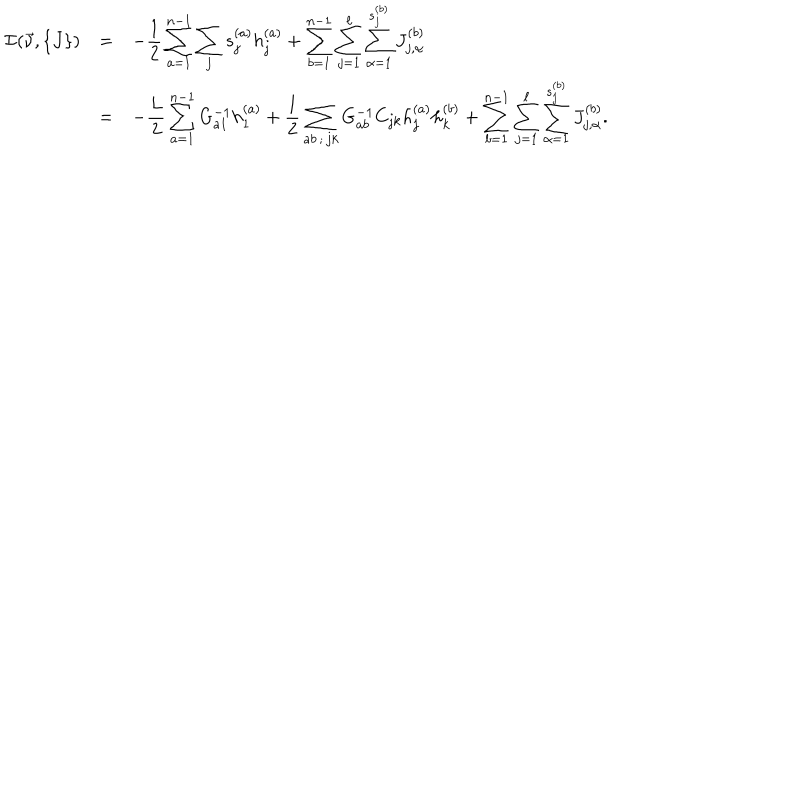
LaTeX: \begin{array} { c c l } { { { \cal I } ( \vec { \nu } , \{ J \} ) } } & { { = } } & { { \displaystyle - { \frac { 1 } { 2 } } \sum _ { a = 1 } ^ { n - 1 } \sum _ { j } s _ { j } ^ { ( a ) } h _ { j } ^ { ( a ) } + \sum _ { b = 1 } ^ { n - 1 } \sum _ { j = 1 } ^ { \ell } \sum _ { \alpha = 1 } ^ { s _ { j } ^ { ( b ) } } J _ { j , \alpha } ^ { ( b ) } } } \\ { { } } & { { = } } & { { \displaystyle - { \frac { L } { 2 } } \sum _ { a = 1 } ^ { n - 1 } G _ { a 1 } ^ { - 1 } h _ { 1 } ^ { ( a ) } + { \frac { 1 } { 2 } } \sum _ { a b \, ; \, j k } G _ { a b } ^ { - 1 } C _ { j k } h _ { j } ^ { ( a ) } h _ { k } ^ { ( b ) } + \sum _ { b = 1 } ^ { n - 1 } \sum _ { j = 1 } ^ { \ell } \sum _ { \alpha = 1 } ^ { s _ { j } ^ { ( b ) } } J _ { j , \alpha } ^ { ( b ) } . } } \\ \end{array}